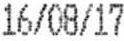
16/08/17